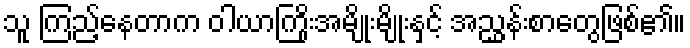
သူ ကြည့်နေတာက ဝါယာကြိုးအမျိုးမျိုးနှင့် အညွှန်းစာတွေဖြစ်၏။